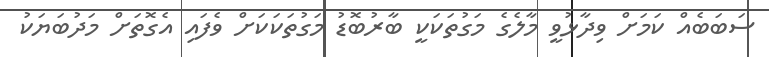
ސަބަބެއް ކަމަށް ވިދާޅުވީ މާލެގެ މަގުތަކަކީ ބާރުބޮޑު މަގުތަކަކަށް ވެފައި އެގޮތަށް މަދުބަޔަކު